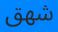
شھق